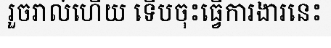
រួចរាល់ហើយ ទើបចុះធ្វើការងារនេះ